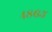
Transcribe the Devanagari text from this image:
४८६५